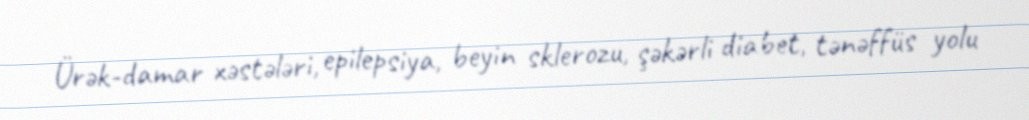
Ürək-damar xəstələri, epilepsiya, beyin sklerozu, şəkərli diabet, tənəffüs yolu